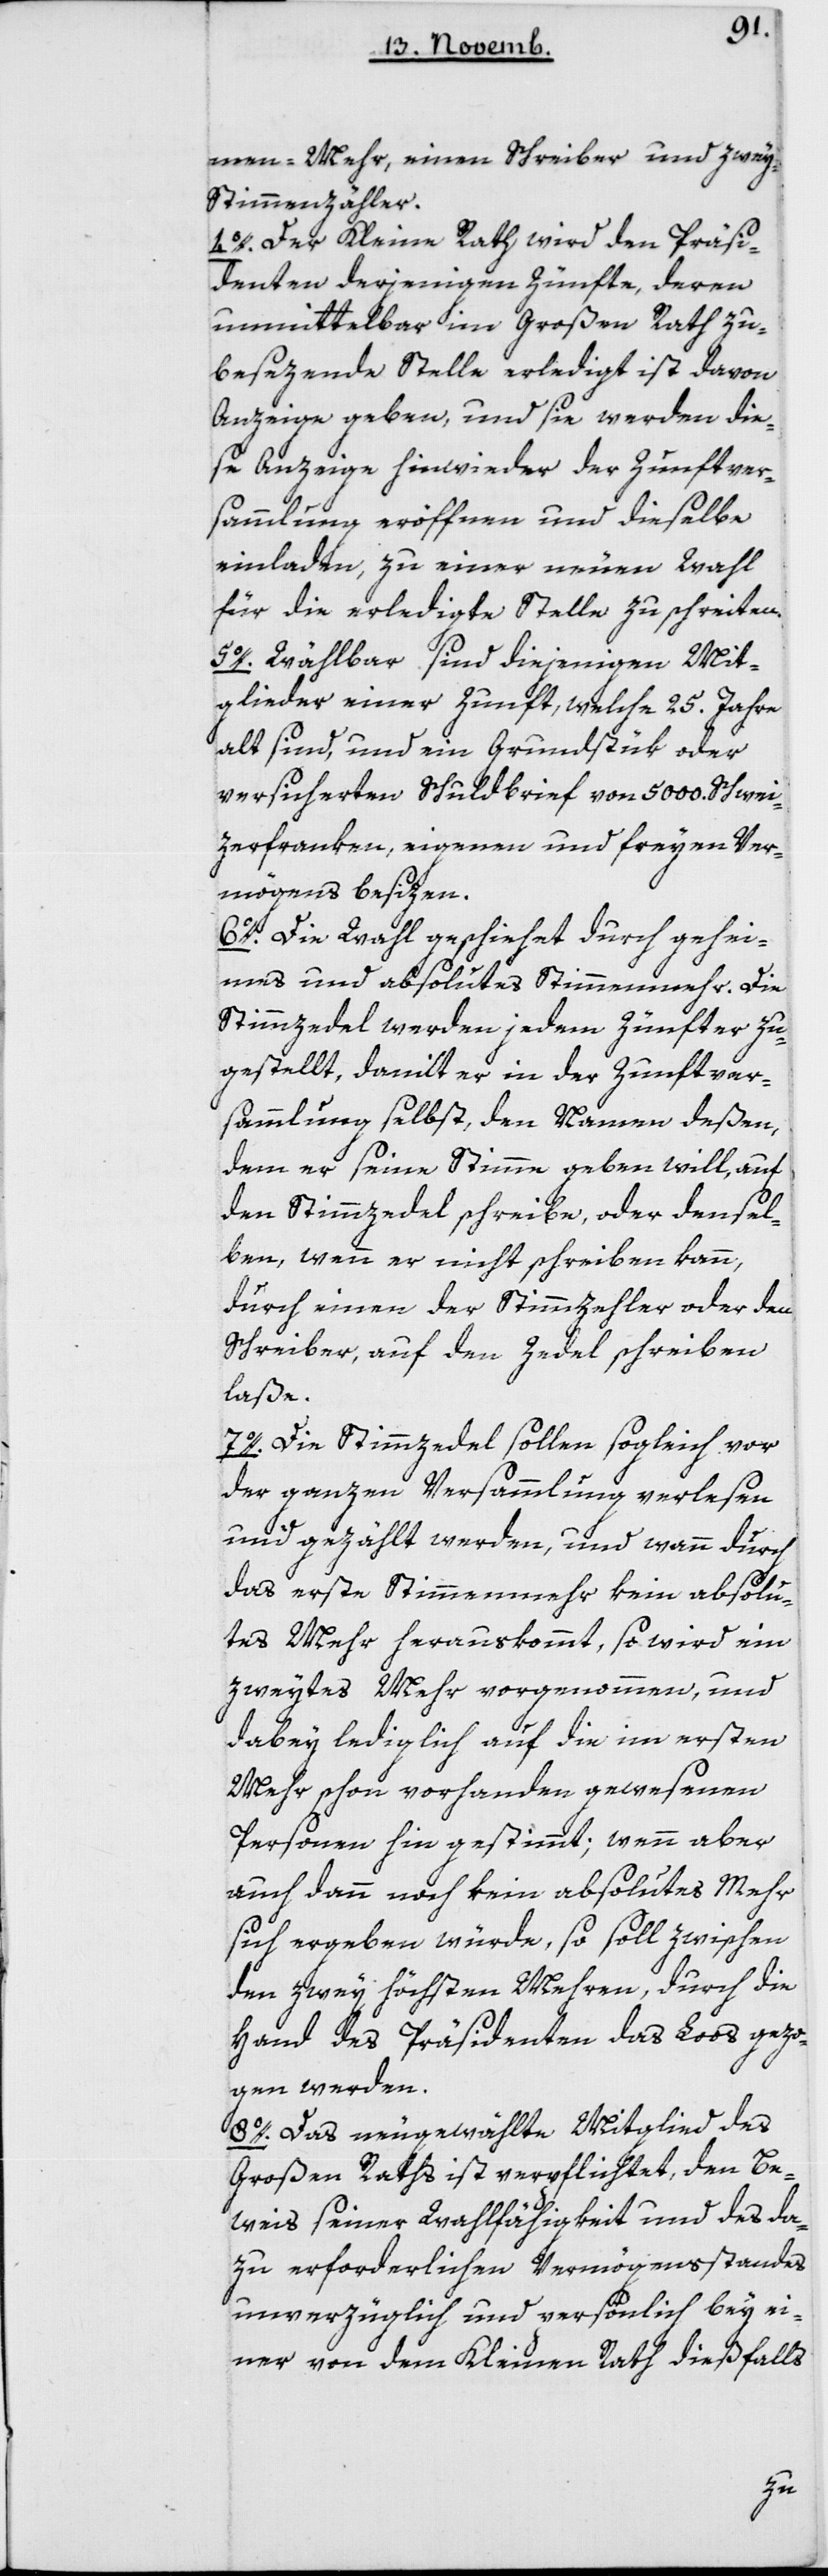
men-Mehr einen Schreiber und zwey
Stimmenzähler.
4. Der Kleine Rath wird den Präsi¬
denten derjenigen Zünfte, deren
unmittelbar im Großen Rath zu
besezende Stelle erledigt ist, davon
Anzeige geben, und sie werden die¬
se Anzeige hinwieder der Zunftver¬
sammlung eröffnen und dieselbe
einladen, zu einer neuen Wahl
für die erledigte Stelle zu schreiten.
5. Wählbar sind diejenigen Mit¬
glieder einer Zunft, welche 25 Jahre
alt sind und ein Grundstük oder
versicherten Schuldbrief von 5000 Schwei¬
zerfranken, eigenen und freyen Ver¬
mögens besitzen.
6. Die Wahl geschiehet durch gehei¬
mes und absolutes Stimmenmehr. Die
Stimmzedel werden jedem Zünfter zu¬
gestellt, damit er in der Zunftver¬
sammlung selbst, den Namen deßen,
dem er seine Stimme geben will, auf
den Stimmzedel schreibe, oder densel¬
ben, wenn er nicht schreiben kann,
durch einen der Stimmzehler oder den
Schreiber, auf den Zedel schreiben
laße.
7. Die Stimmzedel sollen sogleich vor
der ganzen Versammlung verlesen
und gezählt werden, und wann durch
das erste Stimmenmehr kein absolu¬
tes Mehr herauskommt, so wird ein
zweytes Mehr vorgenommen, und
dabey lediglich auf die im ersten
Mehr schon vorhanden gewesenen
Personen hin gestimmt; wenn aber
auch dann noch kein absolutes Mehr
sich ergeben würde, so soll zwischen
den zwey höchsten Mehren, durch die
Hand des Präsidenten das Loos gezo¬
gen werden.
8. Das neu gewählte Mitglied des
Großen Raths ist verpflichtet, den Be¬
weis seiner Wahlfähigkeit und des da¬
zu erforderlichen Vermögensstandes
unverzüglich und persönlich bey ei¬
ner von dem Kleinen Rath dießfalls